Annual report of the Madras Medical College
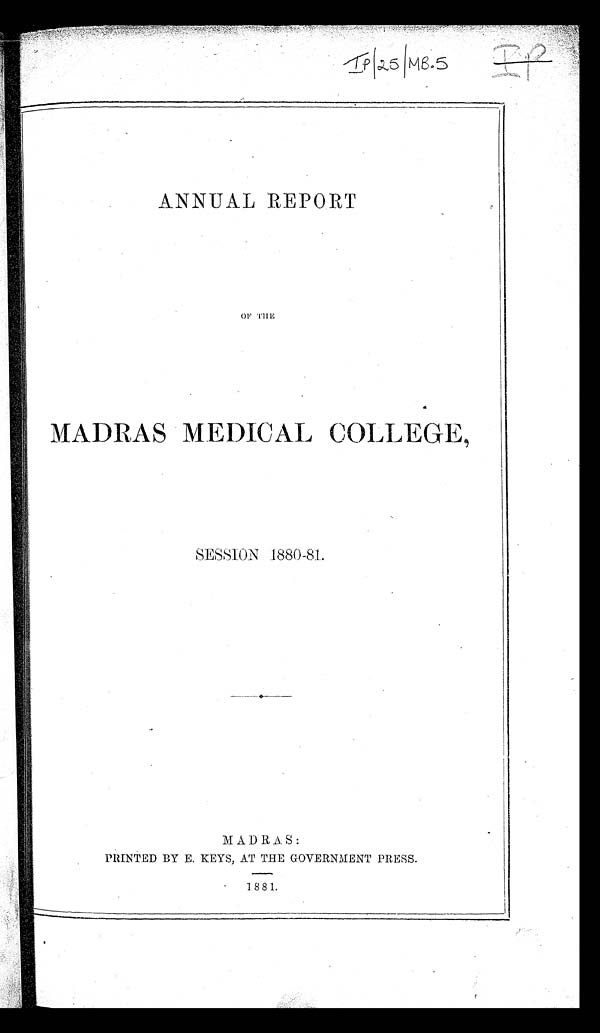
ANNUAL REPORT
OF THE
MADRAS MEDICAL COLLEGE,
SESSION 1880-81.
MADRAS:
PRINTED BY E. KEYS, AT THE GOVERNMENT PRESS.
1 8 8 1.